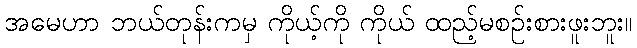
အမေဟာ ဘယ်တုန်းကမှ ကိုယ့်ကို ကိုယ် ထည့်မစဉ်းစားဖူးဘူး။